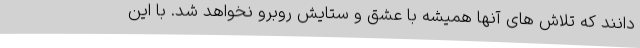
دانند که تلاش های آنها همیشه با عشق و ستایش روبرو نخواهد شد. با این